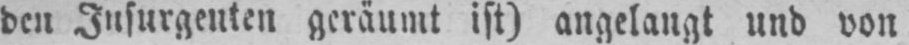
den Insurgenten geräumt ist) angelangt und von